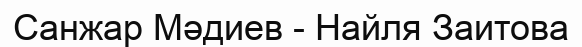
Санжар Мәдиев - Найля Заитова